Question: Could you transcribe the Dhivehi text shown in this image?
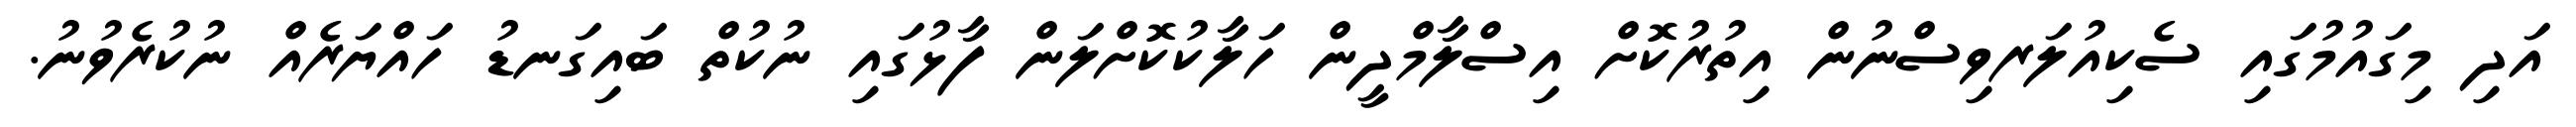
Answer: އަދި މިގައުމުގައި ސެކިއުލަރވިސްނުން އިތުރުކޮށް އިސްލާމްދީން ހަލާކުކޮށްލަން ފާޅުގައި ނުކުތް ބައިގަނޑު ހައްޔަރެއް ނުކުރެވުނު.